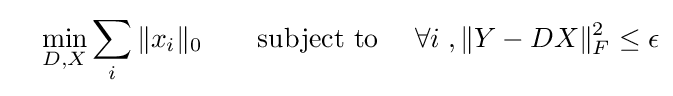
\quad \min \limits _{D,X}\sum _{i}\|x_{i}\|_{0}\qquad {\text{subject to }}\quad \forall i\;,\|Y-DX\|_{F}^{2}\leq \epsilon